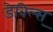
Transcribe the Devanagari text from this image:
डेविल्स्